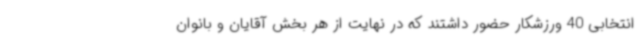
انتخابی 40 ورزشکار حضور داشتند که در نهایت از هر بخش آقایان و بانوان